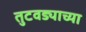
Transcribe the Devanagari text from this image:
तुटवड्याच्या